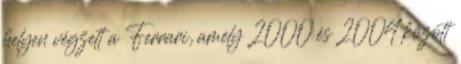
helyen végzett a Ferrari, amely 2000 és 2004 között